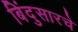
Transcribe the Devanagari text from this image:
बिंदुसारचे